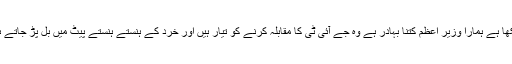
دیکھا ہے ہمارا وزیر اعظم کتنا بہادر ہے وہ جے آئی ٹی کا مقابلہ کرنے کو تیار ہیں اور خرد کے ہنستے ہنستے پیٹ میں بل پڑ جاتے ہیں۔